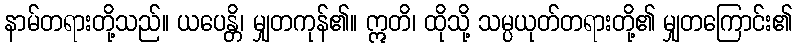
နာမ်တရားတို့သည်။ ယပေန္တိ၊ မျှတကုန်၏။ ဣတိ၊ ထိုသို့ သမ္ပယုတ်တရားတို့၏ မျှတကြောင်း၏